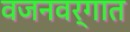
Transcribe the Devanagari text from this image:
वजनवर्गात